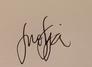
Signature authenticity: genuine